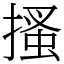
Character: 搔